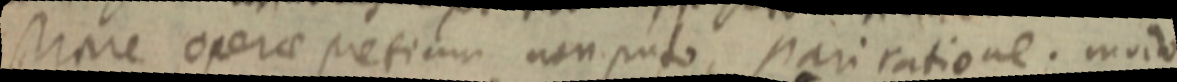
strare operae pretium non puto, pari ratione. modo